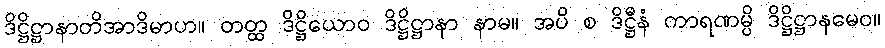
ဒိဋ္ဌိဋ္ဌာနာတိအာဒိမာဟ။ တတ္ထ ဒိဋ္ဌိယောဝ ဒိဋ္ဌိဋ္ဌာနာ နာမ။ အပိ စ ဒိဋ္ဌီနံ ကာရဏမ္ပိ ဒိဋ္ဌိဋ္ဌာနမေဝ။